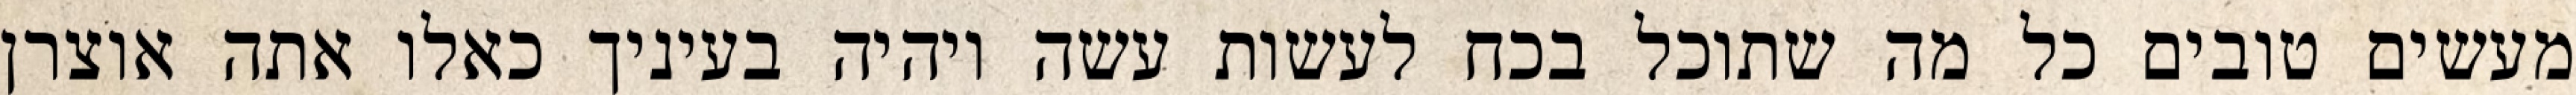
מעשים טובים כל מה שתוכל בכח לעשות עשה ויהיה בעיניך כאלו אתה אוצרן